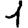
Digit: 1